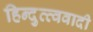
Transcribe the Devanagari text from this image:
हिन्दुत्त्ववादी